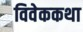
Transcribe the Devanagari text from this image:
विवेककथा